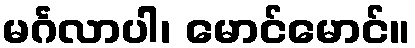
မင်္ဂလာပါ၊ မောင်မောင်။